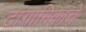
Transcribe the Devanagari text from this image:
टांगानिकाचे